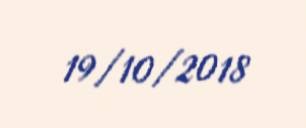
19/10/2018